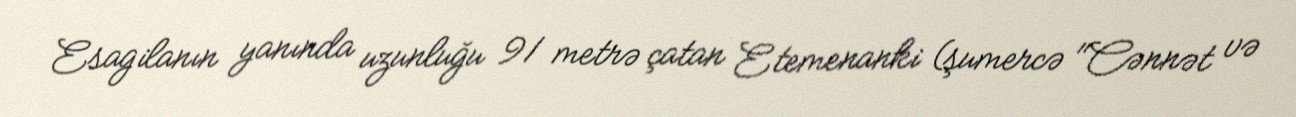
Esagilanın yanında uzunluğu 91 metrə çatan Etemenanki (şumercə "Cənnət və